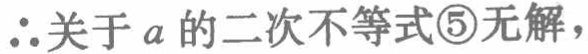
$\therefore 关于a的二次不等式\textcircled{5}无解，$